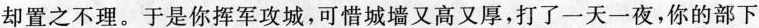
却置之不理。于是你挥军攻城,可惜城墙又高又厚,打了一天一夜,你的部下